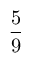
\frac { 5 } { 9 }